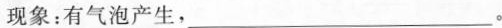
现象：有气泡产生，___。